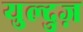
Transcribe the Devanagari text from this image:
युल्दुज़